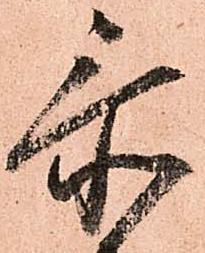
忝